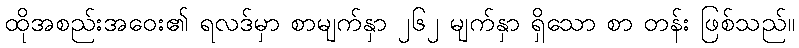
ထိုအစည်းအဝေး၏ ရလဒ်မှာ စာမျက်နှာ ၂၆၂ မျက်နှာ ရှိသော စာ တန်း ဖြစ်သည်။